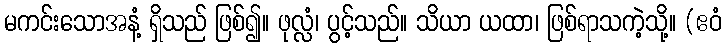
မကင်းသောအနံ့ ရှိသည် ဖြစ်၍။ ဖုလ္လံ၊ ပွင့်သည်။ သိယာ ယထာ၊ ဖြစ်ရာသကဲ့သို့။ (ဧဝံ